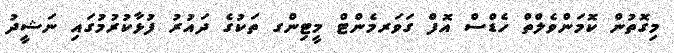
މިގޮތުން ކޮމަންވެލްތް ހެޑްސް އޮފް ގަވަރމެންޓް މީޓިންގ ތަކުގެ ދައުރު ފުޅާކުރުމުގައި ނަޝީދު